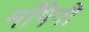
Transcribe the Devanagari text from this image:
माँगेगी